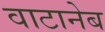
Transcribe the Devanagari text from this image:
वाटानेब